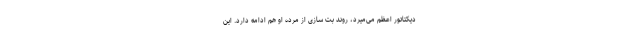
دیکتاتور اعظم می‌میرد، روند بت سازی از مرده او هم ادامه دارد. این